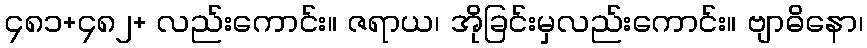
၄၈၁+၄၈၂+ လည်းကောင်း။ ဇရာယ၊ အိုခြင်းမှလည်းကောင်း။ ဗျာဓိနော၊